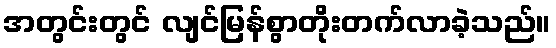
အတွင်းတွင် လျင်မြန်စွာတိုးတက်လာခဲ့သည်။